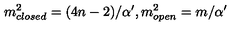
m _ { c l o s e d } ^ { 2 } = ( 4 n - 2 ) / { \alpha ^ { \prime } } , m _ { o p e n } ^ { 2 } = m / { \alpha ^ { \prime } }